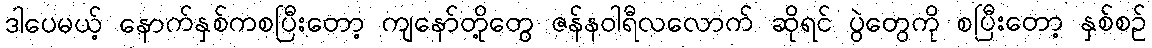
ဒါပေမယ့် နောက်နှစ်ကစပြီးတော့ ကျနော်တို့တွေ ဇန်နဝါရီလလောက် ဆိုရင် ပွဲတွေကို စပြီးတော့ နှစ်စဉ်